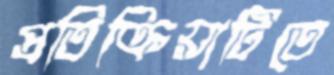
প্রতিক্রিয়াটিতে